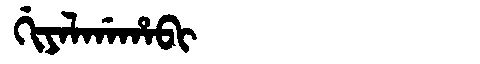
Manchu: ᡤᡳᠶᠠᠯᡤᠠᡥᠠᠪᡳ
Romanization: GIYALGAHABI